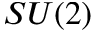
S U ( 2 )